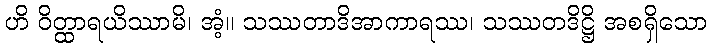
ဟိ ဝိတ္ထာရယိဿာမိ၊ အံ့။ သဿတာဒိအာကာရဿ၊ သဿတဒိဋ္ဌိ အစရှိသော